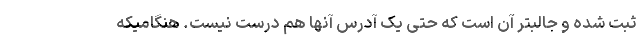
ثبت شده و جالبتر آن است که حتی یک آدرس آنها هم درست نیست. هنگامیکه